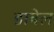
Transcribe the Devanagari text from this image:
डाबेल